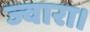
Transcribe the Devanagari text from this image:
ज्वारा।